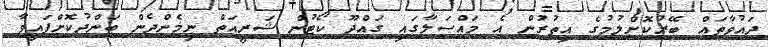
ދައުވާތައް ބޭރުކޮށްލުމުގެ އިތުރުން އެ މައްސަލާގައި ގައްދޫ ކޯޓުން ޝަރީއަތް ނިމެންދެން ބަންދުކޮށްފައިވާ